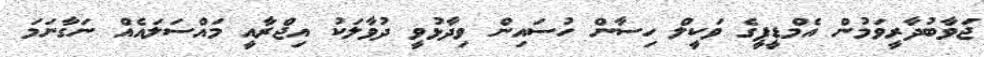
ޖަވާބުދާރީވަމުން އެމްޑީޕީގެ ވަކީލް ހިސާން ހުސައިން ވިދާޅުވީ ދުވާލަކު އިޖްރާއީ މައްސަލައެއް ނަގާނަމަ